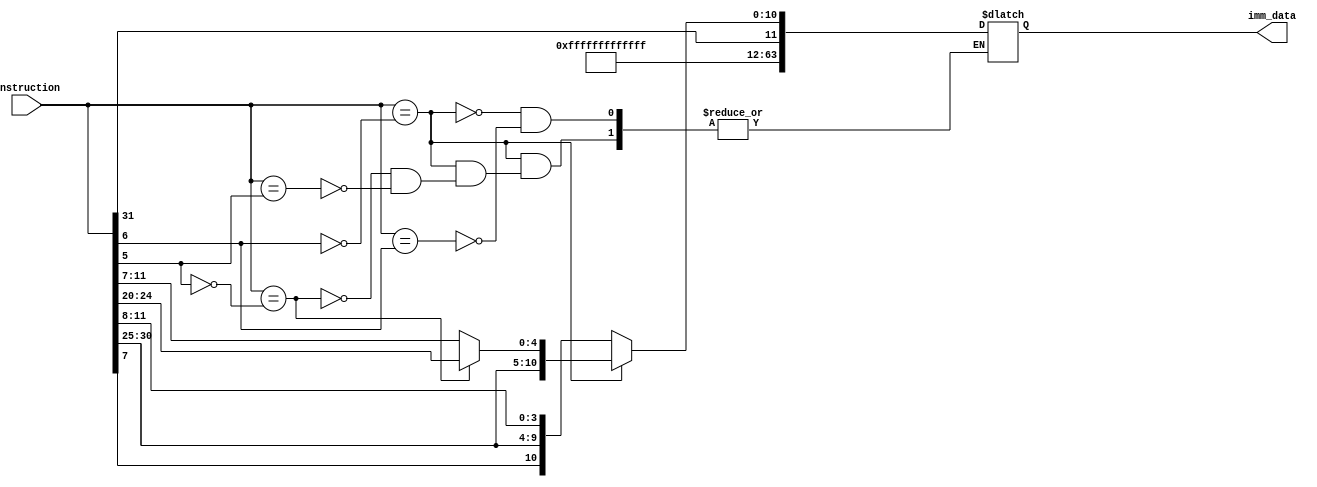
module Immediate_data_extractor
(
	input [31:0] instruction,
	
	output reg [63:0] imm_data

);

	reg [51:0] ext_data = 52'b1111_1111_1111_1111_1111_1111_1111_1111_1111_1111_1111_1111_1111;
	always @ (instruction)
	begin
		case (instruction)
		instruction[6] == 0:
				case (instruction)
					instruction[5] == 0: imm_data = {ext_data, instruction[31:20]};
					instruction[5] == 1: imm_data = {ext_data, instruction[31:25], instruction[11:7]};
				endcase
		instruction[6] == 1: imm_data = {ext_data, instruction[31], instruction[7], instruction[30:25], instruction[11:8]};			
		endcase
	end
endmodule